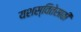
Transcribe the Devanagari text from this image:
यशस्वितेसाठी